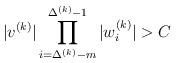
LaTeX: \begin{align*}|v^{(k)}|\prod_{i=\Delta^{(k)}-m}^{\Delta^{(k)}-1}|w^{(k)}_{i}|&> C\label{Equation 9}\end{align*}